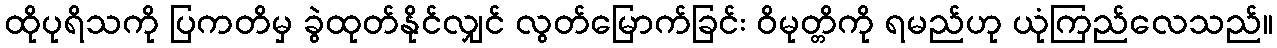
ထိုပုရိသကို ပြကတိမှ ခွဲထုတ်နိုင်လျှင် လွတ်မြောက်ခြင်း ဝိမုတ္တိကို ရမည်ဟု ယုံကြည်လေသည်။